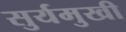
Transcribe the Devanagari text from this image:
सुर्यमुखी